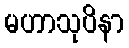
မဟာသုပိနာ